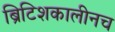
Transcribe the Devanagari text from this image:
ब्रिटिशकालीनच